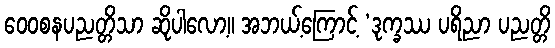
ဝေဝစနပညတ္တိသာ ဆိုပါလော့။ အဘယ့်ကြောင့် ‘ဒုက္ခဿ ပရိညာ ပညတ္တိ